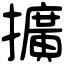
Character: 擴